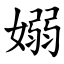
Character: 嫋